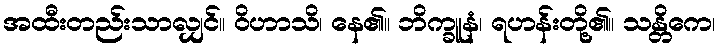
အထီးတည်းသာလျှင်။ ဝိဟာသိ၊ နေ၏။ ဘိက္ခူနံ၊ ရဟန်းတို့၏။ သန္တိကေ၊